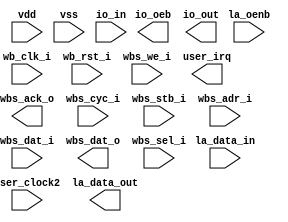
module user_project_wrapper (user_clock2,
    vdd,
    vss,
    wb_clk_i,
    wb_rst_i,
    wbs_ack_o,
    wbs_cyc_i,
    wbs_stb_i,
    wbs_we_i,
    io_in,
    io_oeb,
    io_out,
    la_data_in,
    la_data_out,
    la_oenb,
    user_irq,
    wbs_adr_i,
    wbs_dat_i,
    wbs_dat_o,
    wbs_sel_i);
 input user_clock2;
 input vdd;
 input vss;
 input wb_clk_i;
 input wb_rst_i;
 output wbs_ack_o;
 input wbs_cyc_i;
 input wbs_stb_i;
 input wbs_we_i;
 input [37:0] io_in;
 output [37:0] io_oeb;
 output [37:0] io_out;
 input [63:0] la_data_in;
 output [63:0] la_data_out;
 input [63:0] la_oenb;
 output [2:0] user_irq;
 input [31:0] wbs_adr_i;
 input [31:0] wbs_dat_i;
 output [31:0] wbs_dat_o;
 input [3:0] wbs_sel_i;


endmodule